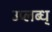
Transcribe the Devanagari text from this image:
उप्लब्ध्